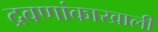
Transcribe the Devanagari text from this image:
द्रवणांकाखाली